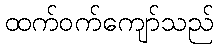
ထက်ဝက်ကျော်သည်